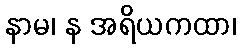
နာမ၊ န အရိယကထာ၊